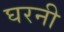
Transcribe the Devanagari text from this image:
घरनी